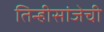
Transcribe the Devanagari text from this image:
तिन्हीसांजेची